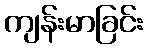
ကျန်းမာခြင်း